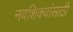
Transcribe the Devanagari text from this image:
नवशिक्यांसाठी